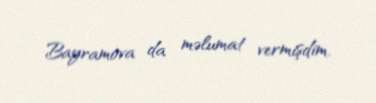
Bayramova da məlumat vermişdim.